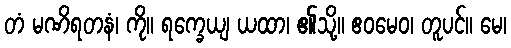
တံ မဏိရတနံ၊ ကို။ ရက္ခေယျ ယထာ၊ ၏သို့။ ဧဝမေဝ၊ တူပင်။ မေ၊